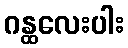
ဂန္ထလေးပါး